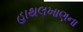
હાથલખાણના